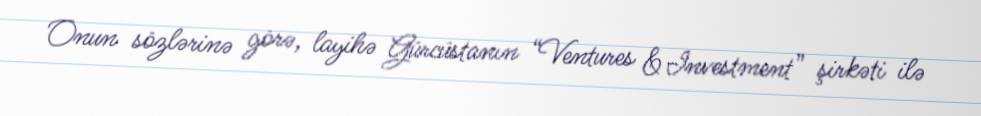
Onun sözlərinə görə, layihə Gürcüstanın “Ventures & Investment” şirkəti ilə